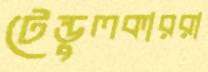
টেন্ডুলকাররা